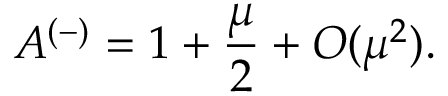
A ^ { ( - ) } = 1 + \frac { \mu } 2 + O ( \mu ^ { 2 } ) .